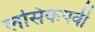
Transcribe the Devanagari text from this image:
लसिकपर्वी